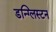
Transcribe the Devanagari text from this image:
डन्ग्लिस्टन